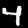
Digit: 4